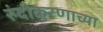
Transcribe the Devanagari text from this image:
रुंदीकरणाच्या